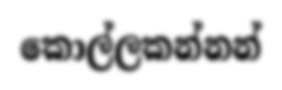
කොල්ලකන්නන්